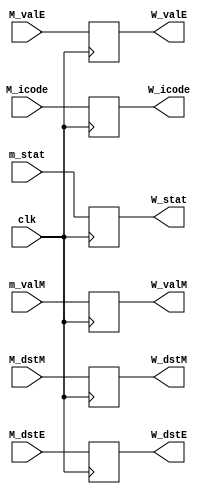
`timescale 1ns / 1ps

module W_RegisterBlock(clk,m_stat,M_icode,M_valE,m_valM,M_dstE,M_dstM,
                           W_stat,W_icode,W_valE,W_valM,W_dstE,W_dstM);  
  
input clk;
input [2:0] m_stat;
input [3:0] M_icode;
input [63:0] M_valE;
input [63:0] m_valM;
input [3:0] M_dstE;
input [3:0] M_dstM;
  

output reg [2:0] W_stat;
output reg [3:0] W_icode;
output reg [63:0] W_valE;
output reg [63:0] W_valM;
output reg [3:0] W_dstE;
output reg [3:0] W_dstM;


always@(posedge clk)
begin


 W_stat  <= m_stat;
 W_icode <= M_icode;
 W_dstE  <= M_dstE;
 W_dstM  <= M_dstM;
 W_valE  <= M_valE;
 W_valM  <= m_valM;

end
endmodule